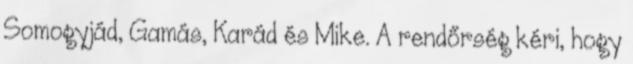
Somogyjád, Gamás, Karád és Mike. A rendőrség kéri, hogy